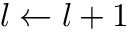
l \gets l + 1